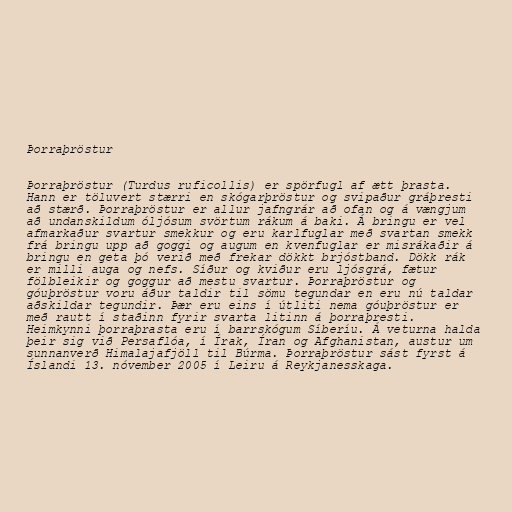
Þorraþröstur

Þorraþröstur (Turdus ruficollis) er spörfugl af ætt þrasta.
Hann er töluvert stærri en skógarþröstur og svipaður gráþresti
að stærð. Þorraþröstur er allur jafngrár að ofan og á vængjum
að undanskildum óljósum svörtum rákum á baki. Á bringu er vel
afmarkaður svartur smekkur og eru karlfuglar með svartan smekk
frá bringu upp að goggi og augum en kvenfuglar er misrákaðir á
bringu en geta þó verið með frekar dökkt brjóstband. Dökk rák
er milli auga og nefs. Síður og kviður eru ljósgrá, fætur
fölbleikir og goggur að mestu svartur. Þorraþröstur og
góuþröstur voru áður taldir til sömu tegundar en eru nú taldar
aðskildar tegundir. Þær eru eins í útliti nema góuþröstur er
með rautt í staðinn fyrir svarta litinn á þorraþresti.
Heimkynni þorraþrasta eru í barrskógum Síberíu. Á veturna halda
þeir sig við Persaflóa, í Írak, Íran og Afghanistan, austur um
sunnanverð Himalajafjöll til Búrma. Þorraþröstur sást fyrst á
Íslandi 13. nóvember 2005 í Leiru á Reykjanesskaga.